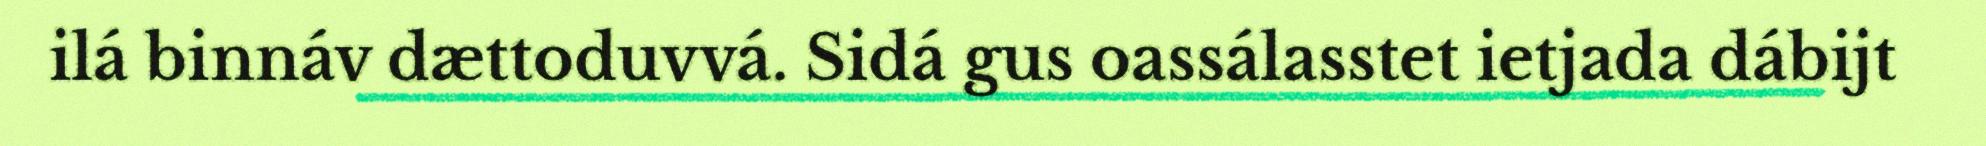
ilá binnáv dættoduvvá. Sidá gus oassálasstet ietjada dábijt